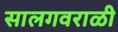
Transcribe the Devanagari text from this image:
सालगवराळी